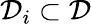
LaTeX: \mathcal{D}_{i}\subset\mathcal{D}